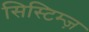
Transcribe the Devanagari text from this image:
सिस्टिम्ज़